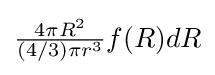
\textstyle {\frac {4\pi R^{2}}{(4/3)\pi r^{3}}}f(R)dR